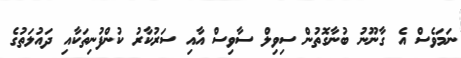
ނަމަވެސް އެ ގާނޫނު ބުނާގޮތުން ސިވިލް ސާވިސް އާއި ސަރުކާރު ކުންފުނިތަކާއި ދައުލަތުގެ